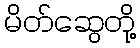
မိတ်ဆွေတို့